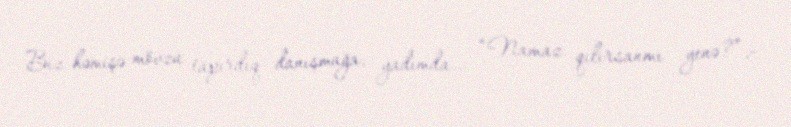
Biz həmişə mövzu tapırdıq danışmağa, yadımda... “Namaz qılırsanmı yenə?”,-